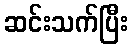
ဆင်းသက်ပြီး